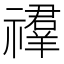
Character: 𥜉